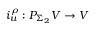
i _ { u } ^ { \rho } : P _ { \Sigma _ { 2 } } V \to V